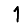
Digit: 1